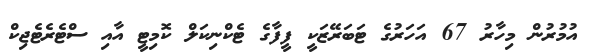
އުމުރުން މިހާރު 67 އަހަރުގެ ޓަބަރޭޒަކީ ފީފާގެ ޓެކްނިކަލް ކޮމިޓީ އާއި ސްޓެރެޓެޖިކް